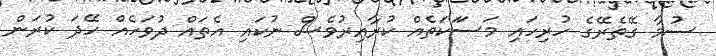
ސުމާ ގޭތެރޭގެ ހުރިހައި މަސަަކަތެއް ކުރާއިރުވެސް ނުކައި އެތައް ދުވަހެއް ހޭދަ ކުރަން